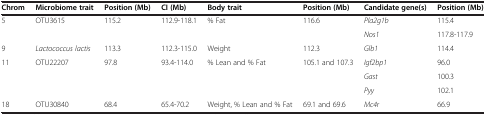
| Chrom | Microbiome trait | Position (Mb) | CI (Mb) | Body trait | Position (Mb) | Candidate gene(s) | Position (Mb) |
 | --- | --- | --- | --- | --- | --- | --- | --- |
 | <ROWSPAN=2> 5 | <ROWSPAN=2> OTU3615 | <ROWSPAN=2> 115.2 | <ROWSPAN=2> 112.9-118.1 | <ROWSPAN=2> % Fat | <ROWSPAN=2> 116.6 | Pla2g1b | 115.4 |
 | Nos1 | 117.8-117.9 |
 | 9 | Lactococcus lactis | 113.3 | 112.3-115.0 | Weight | 112.3 | Glb1 | 114.4 |
 | <ROWSPAN=3> 11 | <ROWSPAN=3> OTU22207 | <ROWSPAN=3> 97.8 | <ROWSPAN=3> 93.4-114.0 | <ROWSPAN=3> % Lean and % Fat | <ROWSPAN=3> 105.1 and 107.3 | Igf2bp1 | 96.0 |
 | Gast | 100.3 |
 | Pyy | 102.1 |
 | 18 | OTU30840 | 68.4 | 65.4-70.2 | Weight, % Lean and % Fat | 69.1 and 69.6 | Mc4r | 66.9 |